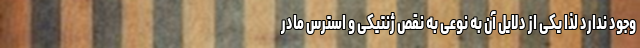
وجود ندارد لذا یکی از دلایل آن به نوعی به نقص ژنتیکی و استرس مادر